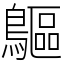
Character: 䳼